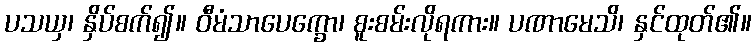
ပသယှ၊ နှိပ်စက်၍။ ဝီမံသာပေက္ခော၊ စူးစမ်းလိုရကား။ ပဏာမေသိ၊ နှင်ထုတ်၏။